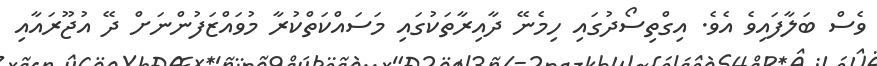
ވެސް ބަލާފައިވެ އެވެ. އިގްތިސޯދުގައި ހިމެނޭ ދާއިރާތަކުގައި މަސައްކަތްކުރާ މުވައްޒަފުންނަށް ދޭ އުޖޫރައާއި